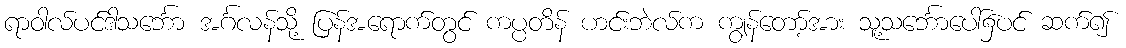
ရာဝါလ်ပင်ဒါသင်္ဘော အင်္ဂလန်သို့ ပြန်အရောက်တွင် ကပ္ပတိန် ဟင်းဘဲလ်က ကျွန်တော့်အား သူ့သင်္ဘောပေါ်၌ပင် ဆက်၍